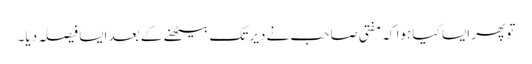
تو پھر ایسا کیا ہوا کہ مفتی صاحب نے دیر تک بیٹھنے کے بعد ایسا فیصلہ دیا۔